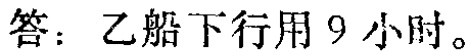
答：乙船下行用 9 小时。